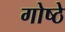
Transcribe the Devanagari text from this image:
गोष्ठे